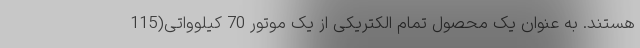
هستند. به عنوان یک محصول تمام الکتریکی از یک موتور 70 کیلوواتی(115